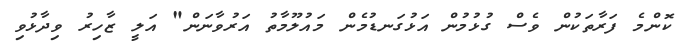
ކޮންމެ ފަރާތަކުން ވެސް ގުޅުމުން އަޅުގަނޑުމެން މައުލޫމާތު އަރުވާނަން" އަލީ ޒާހިރު ވިދާޅުވި